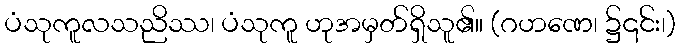
ပံသုကူလသညိဿ၊ ပံသုကူ ဟုအမှတ်ရှိသူ၏။ (ဂဟဏေ၊ ၌၎င်း၊)